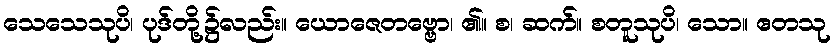
သေသေသုပိ၊ ပုဒ်တို့၌လည်း။ ယောဇေတဗ္ဗော၊ ၏။ စ၊ ဆက်။ စတူသုပိ၊ သော။ ဧတသု